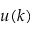
u ( k )